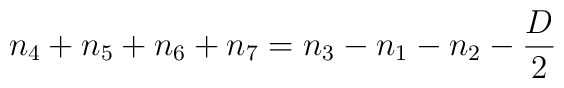
n_4+n_5+n_6+n_7 = n_3-n_1-n_2-\frac{D}{2}